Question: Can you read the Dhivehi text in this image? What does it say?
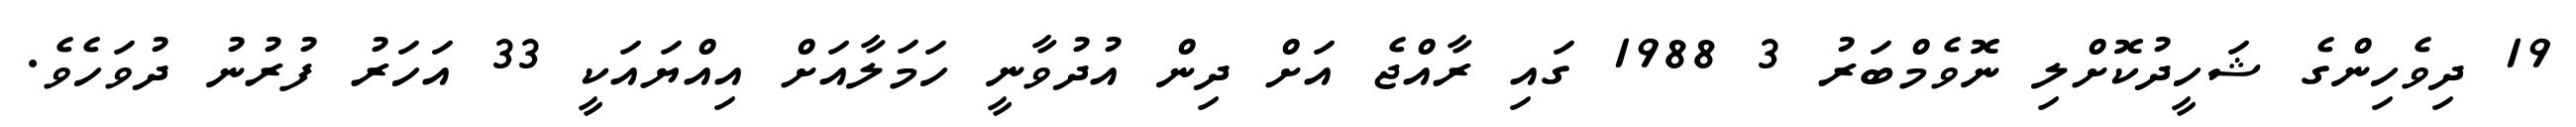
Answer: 19 ދިވެހިންގެ ޝަހީދުކޮށްލި ނޮވެމްބަރު 3 1988 ގައި ރާއްޖެ އަށް ދިން އުދުވާނީ ހަމަލާއަށް އިއްޔައަކީ 33 އަހަރު ފުރުނު ދުވަހެވެ.